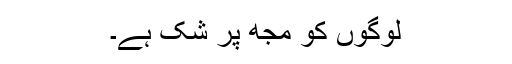
لوگوں کو مجھ پر شک ہے۔